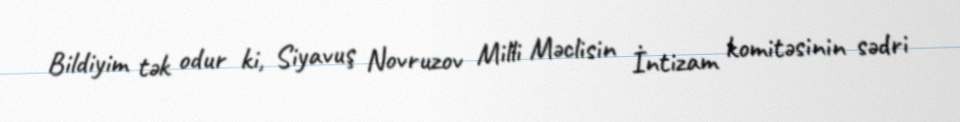
Bildiyim tək odur ki, Siyavuş Novruzov Milli Məclisin İntizam komitəsinin sədri